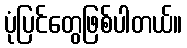
ပုံပြင်တွေဖြစ်ပါတယ်။